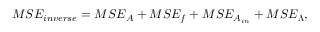
M S E _ { i n v e r s e } = M S E _ { A } + M S E _ { f } + M S E _ { A _ { i n } } + M S E _ { \boldsymbol { \Lambda } } ,